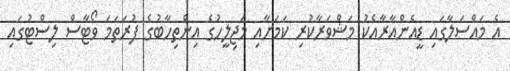
އެ މައްސަލާގައި ޑީއެންއާރާއެކު މަޝްވަރާކުރި ކަމަށާއި މަޖިލީހުގެ އިންތިހާބުގެ ފުރަތަމަ ވޯޓާސް ލިސްޓުގައި